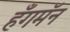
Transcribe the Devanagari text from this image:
हँगमॅन